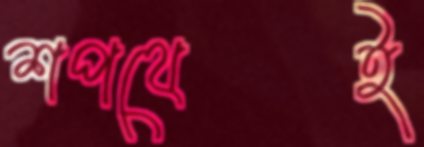
শপথেই